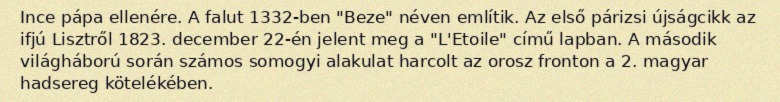
Ince pápa ellenére. A falut 1332-ben "Beze" néven említik. Az első párizsi újságcikk az ifjú Lisztről 1823. december 22-én jelent meg a "L'Etoile" című lapban. A második világháború során számos somogyi alakulat harcolt az orosz fronton a 2. magyar hadsereg kötelékében.